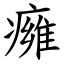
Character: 㿈